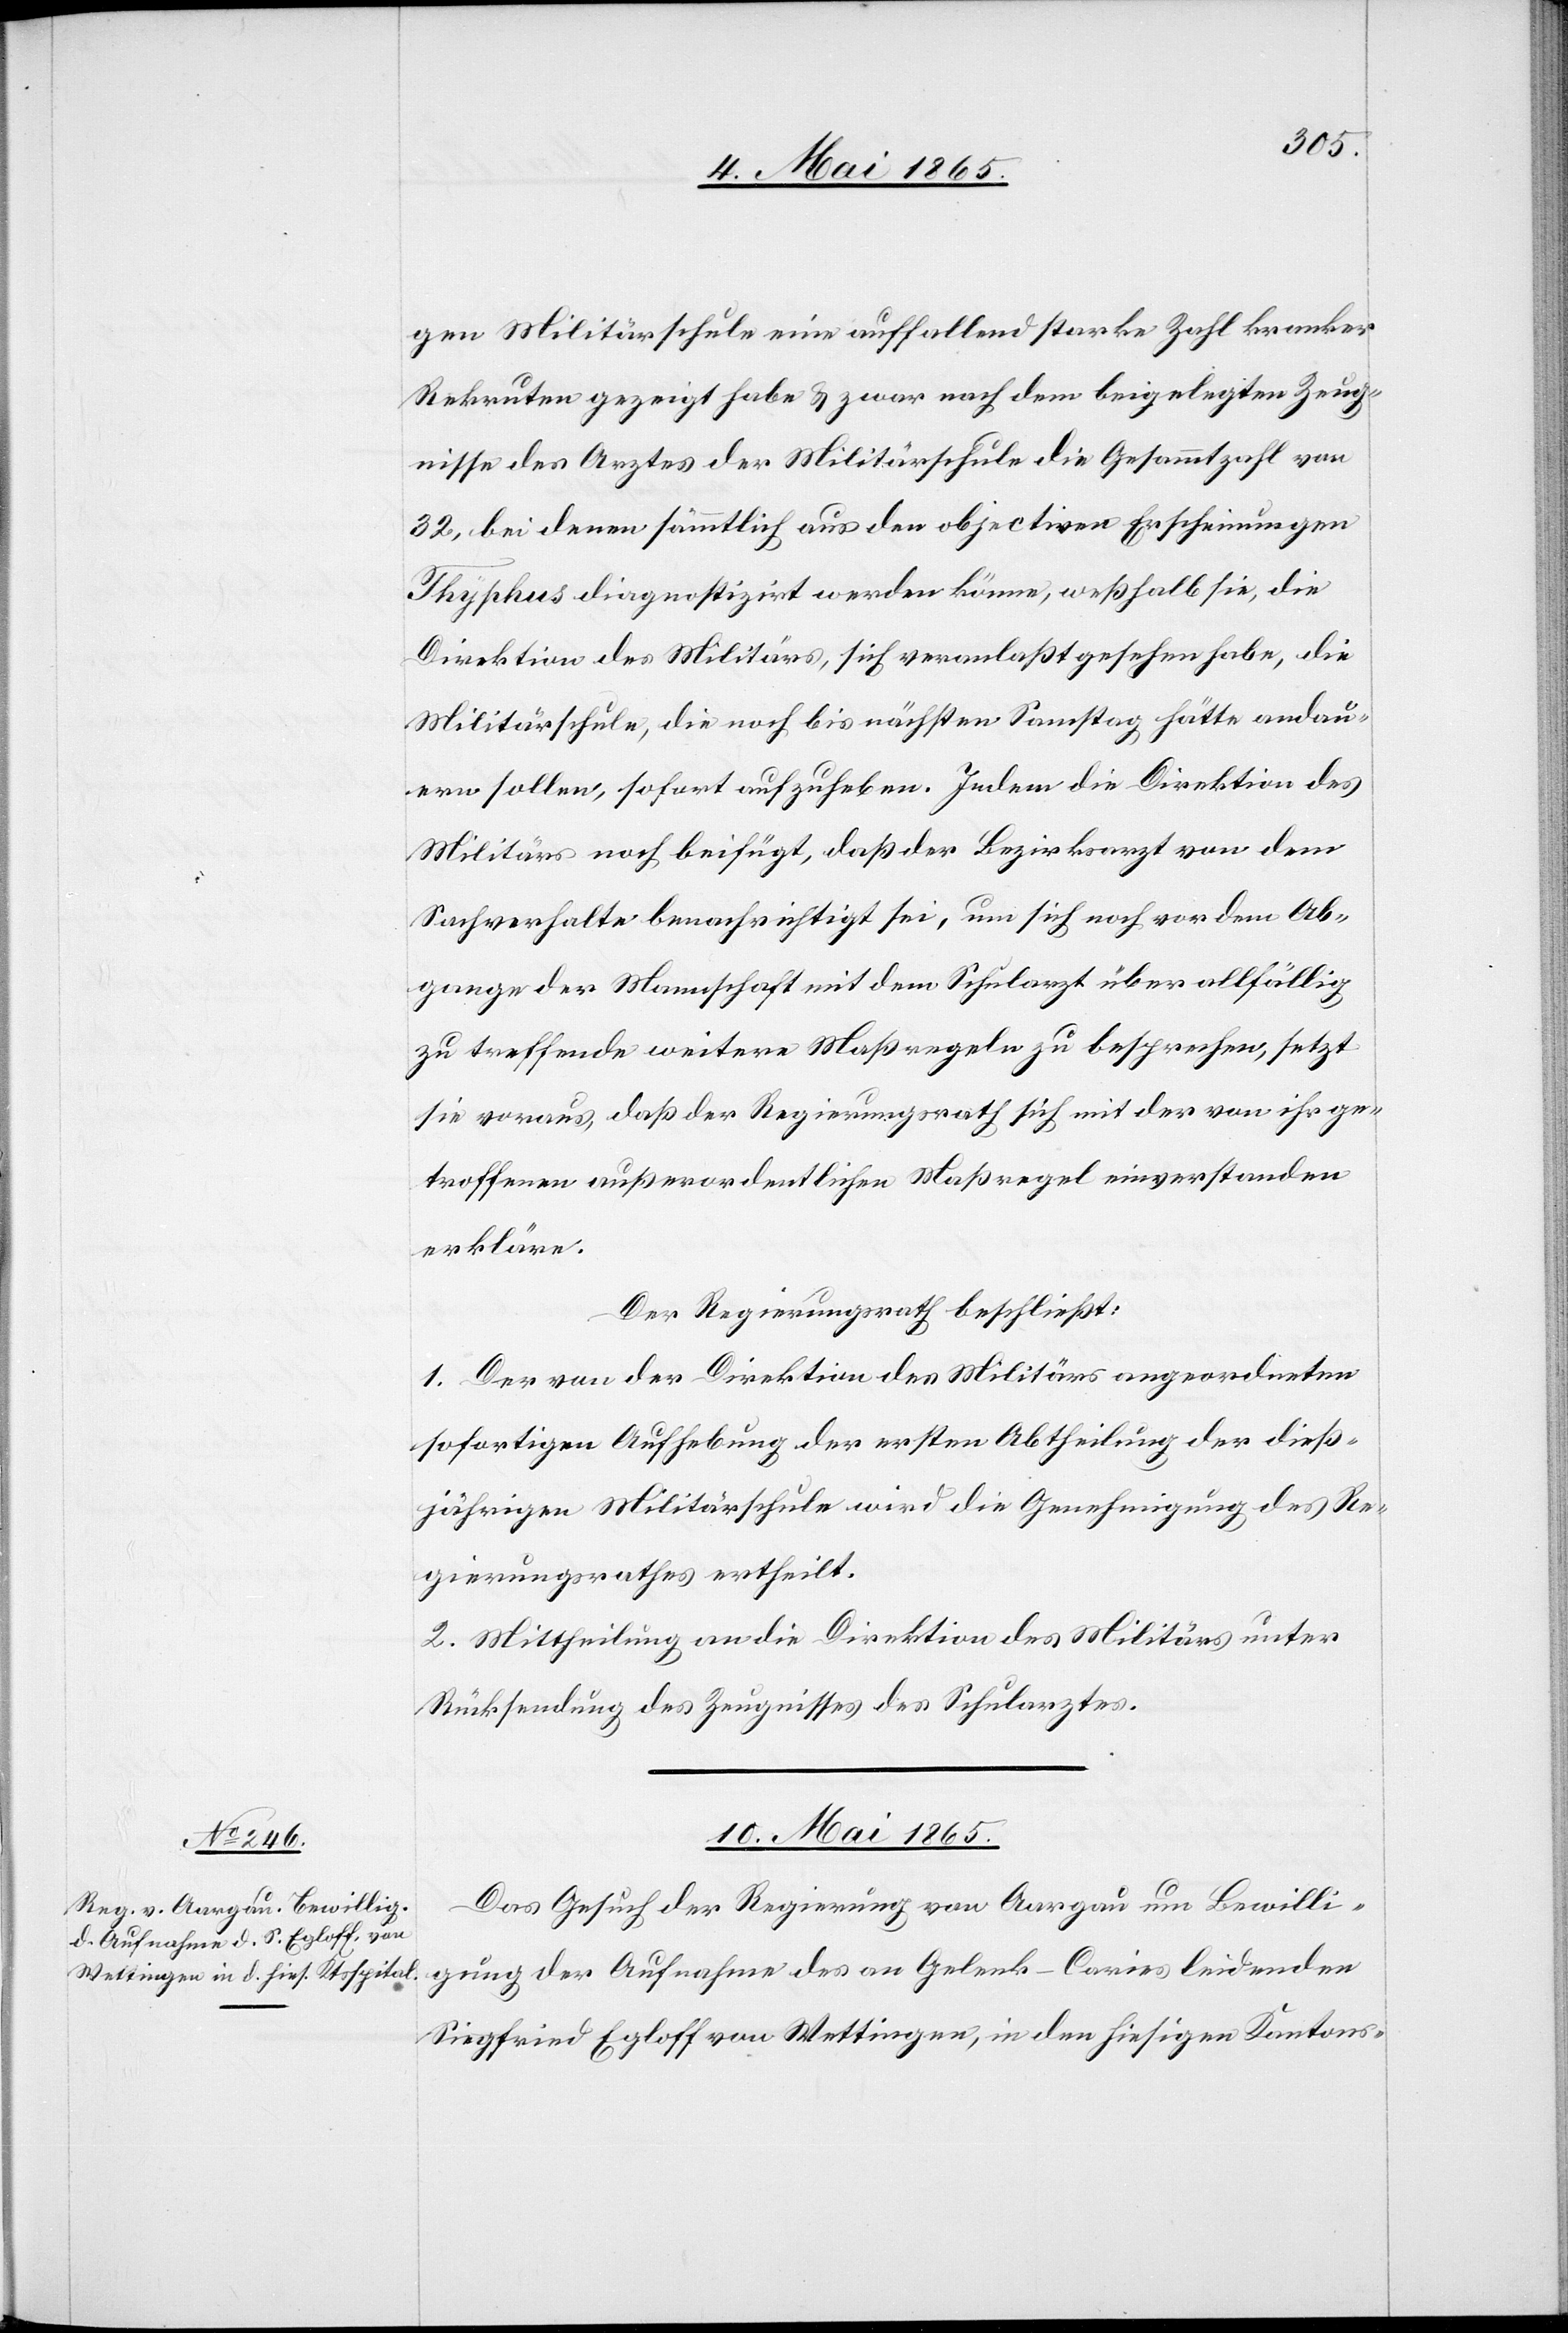
gung
gen Militärschule eine auffallend starke Zahl kranker
Rekruten gezeigt habe & zwar nach dem beigelegten Zeug¬
nisse des Arztes der Militärschule die Gesammtzahl von
32, bei denen sämmtlich aus den objectiven Erscheinungen
Thyphus diagnostizirt werden könne, weßhalb sie, die
Direktion des Militärs, sich veranlaßt gesehen habe, die
Militärschule, die noch bis nächsten Samstag hätte andau¬
ern sollen, sofort aufzuheben. Indem die Direktion des
Militärs noch beifügt, daß der Bezirksarzt von dem
Sachverhalte benachrichtigt sei, um sich noch vor dem Ab¬
gange der Mannschaft mit dem Schularzt über allfällig
zu treffende weitere Maßregeln zu besprechen, setzt
sie voraus, daß der Regierungsrath sich mit der von ihr ge¬
troffenen außerordentlichen Maßregel einverstanden
erkläre.
Der Regierungsrath beschließt:
1. Der von der Direktion des Militärs angeordneten
sofortigen Aufhebung der ersten Abtheilung der dieß¬
jährigen Militärschule wird die Genehmigung des Re¬
gierungsrathes ertheilt.
2. Mittheilung an die Direktion des Militärs unter
Rücksendung des Zeugnisses des Schularztes.
10. Mai 1865.
Das Gesuch der Regierung von Aargau um Bewilli¬
Siegfried Egloff von Wettingen, in den hiesigen Kantons-